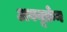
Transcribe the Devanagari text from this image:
अबयूक्रेन